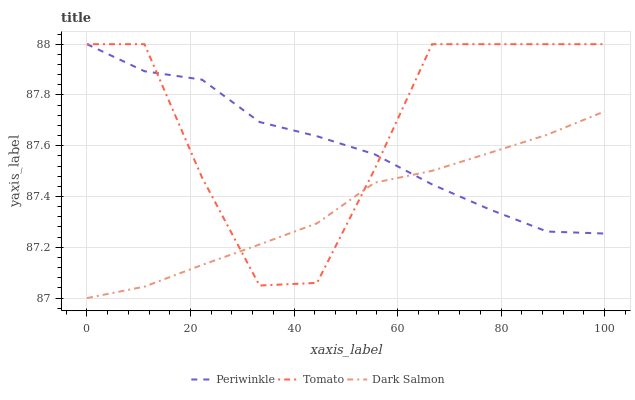
| xaxis_label | Periwinkle | Tomato | Dark Salmon |
 | --- | --- | --- | --- |
 | 0 | 88 | 88 | 87 |
 | 11.1 | 87.9 | 88 | 87 |
 | 22.2 | 87.9 | 87.5 | 87.1 |
 | 33.3 | 87.7 | 87 | 87.2 |
 | 44.4 | 87.6 | 87.1 | 87.3 |
 | 55.6 | 87.6 | 87.5 | 87.5 |
 | 66.7 | 87.4 | 88 | 87.5 |
 | 77.8 | 87.3 | 88 | 87.6 |
 | 88.9 | 87.3 | 88 | 87.6 |
 | 100 | 87.3 | 88 | 87.7 |